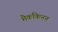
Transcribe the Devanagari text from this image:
मैककिनन